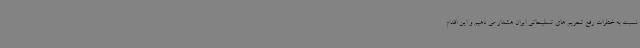
نسبت به خطرات رفع تحریم های تسلیحاتی ایران هشدار می دهیم و این اقدام